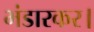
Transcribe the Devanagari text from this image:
भंडारकर।